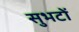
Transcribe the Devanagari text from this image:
सुभटों